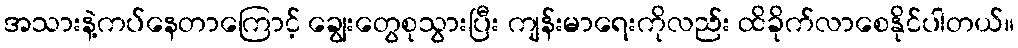
အသားနဲ့ကပ်နေတာကြောင့် ချွေးတွေစုသွားပြီး ကျန်းမာရေးကိုလည်း ထိခိုက်လာစေနိုင်ပါတယ်။